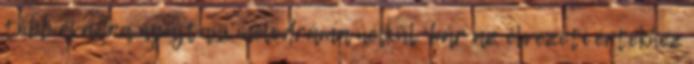
több évadra nyújtani melodráma nélkül. bár az élvezeti értékhez